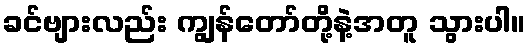
ခင်ဗျားလည်း ကျွန်တော်တို့နဲ့အတူ သွားပါ။